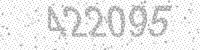
Solution: 422095